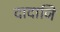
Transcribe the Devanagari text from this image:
दादाजि